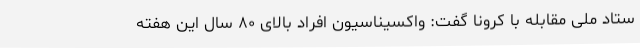
ستاد ملی مقابله با کرونا گفت: واکسیناسیون افراد بالای ۸۰ سال این هفته